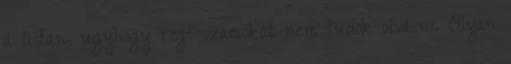
a listan, ugyhogy regi szamokat nem tudok olvasni. Olyan